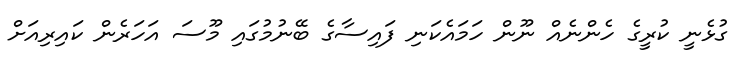
ގުޅެނީ ކުރީގެ ހެންނެއް ނޫން ހަމައެކަނި ފައިސާގެ ބޭނުމުގައި މޫސަ އަހަރެން ކައިރިއަށް